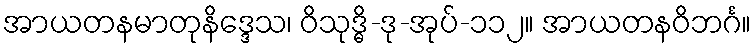
အာယတနမာတုနိဒ္ဒေသ၊ ဝိသုဒ္ဓိ-ဒု-အုပ်-၁၁၂။ အာယတနဝိဘင်္ဂ။